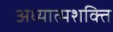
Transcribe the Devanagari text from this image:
अध्यात्मशक्ति